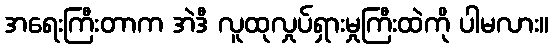
အရေးကြီးတာက အဲဒီ လူထုလှုပ်ရှားမှုကြီးထဲကို ပါမလား။